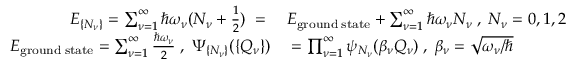
\begin{array} { r l } { E _ { \{ N _ { \nu } \} } = \sum _ { \nu = 1 } ^ { \infty } \hbar \omega _ { \nu } ( N _ { \nu } + \frac { 1 } { 2 } ) \; = \; } & { { } E _ { \mathrm { g r o u n d \; s t a t e } } + \sum _ { \nu = 1 } ^ { \infty } \hbar \omega _ { \nu } N _ { \nu } \; , \; N _ { \nu } = 0 , 1 , 2 , . . . } \\ { E _ { \mathrm { g r o u n d \; s t a t e } } = \sum _ { \nu = 1 } ^ { \infty } \frac { \hbar \omega _ { \nu } } { 2 } \; , \; \Psi _ { \{ N _ { \nu } \} } ( \{ Q _ { \nu } \} ) } & { { } = \prod _ { \nu = 1 } ^ { \infty } \psi _ { N _ { \nu } } ( \beta _ { \nu } Q _ { \nu } ) \; , \; \beta _ { \nu } = \sqrt { \omega _ { \nu } / \hbar } } \end{array}